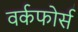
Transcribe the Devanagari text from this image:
वर्कफोर्स